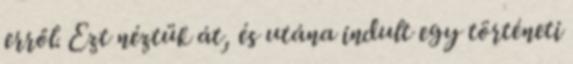
erről. Ezt néztük át, és utána indult egy történeti